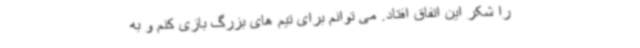
را شکر این اتفاق افتاد. می توانم برای تیم های بزرگ بازی کنم و به